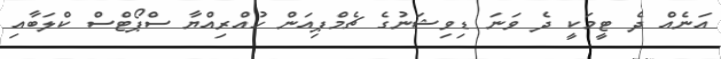
އަނެއް ދެ ޓީމަކީ ދެ ވަނަ ޑިވިޝަނުގެ ޗެމްޕިއަން ހުއްރިއްޔާ ސްޕޯޓްސް ކްލަބާއި